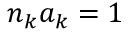
n _ { k } a _ { k } = 1